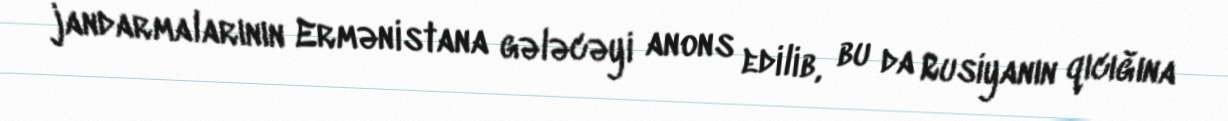
jandarmalarının Ermənistana gələcəyi anons edilib, bu da Rusiyanın qıcığına